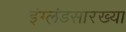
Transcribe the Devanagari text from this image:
इंग्लंडसारख्या